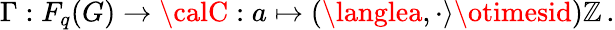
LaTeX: \Gamma:F_{q}(G)\rightarrow{\calC}:a\mapsto(\langlea,\cdot\rangle\otimesid){\cal\mathbb{Z}}\, .